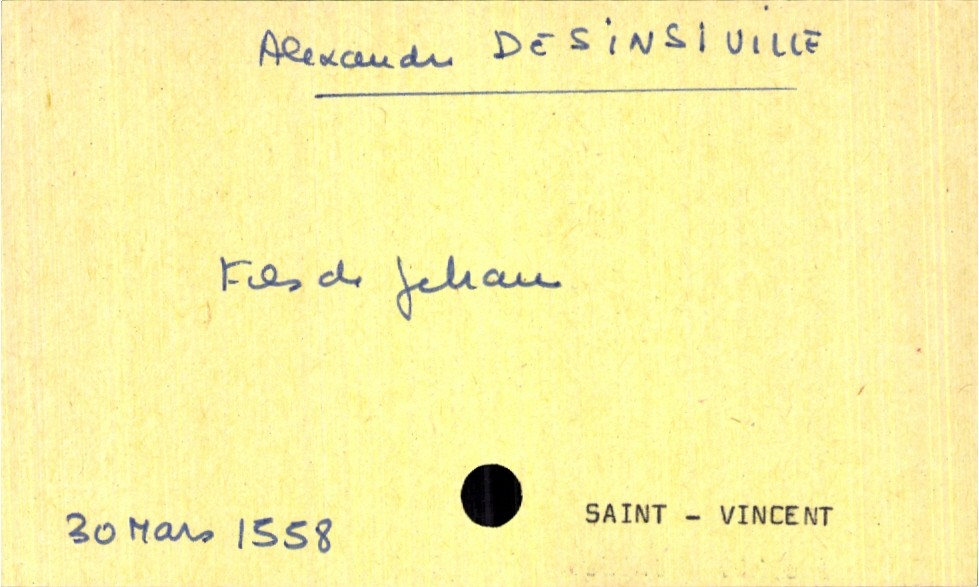
type_acte: Baptême
filiation: fils
enfant_prénom: Alexandre
enfant_date_de_naissance: 30 mars 1558
enfant_lieu_de_naissance: Saint-Vincent
père_enfant_nom: Desinsiville
père_enfant_prénom: Jehan